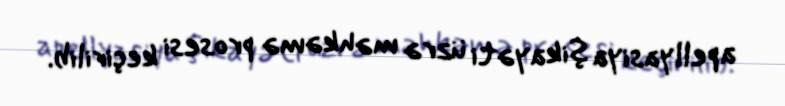
apellyasiya şikayəti üzrə məhkəmə prosesi keçirilib.